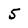
Character: 5